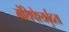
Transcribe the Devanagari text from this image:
ग्रंथिपेश्यर्बुदता